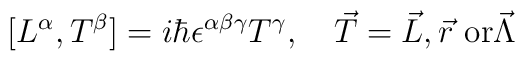
[L^\alpha, T^\beta] = i \hbar \epsilon^{\alpha \beta \gamma}T^\gamma, \quad \mbox{$\vec{T} = \vec{L}, \vec{r}$ or$\vec{\Lambda}$}